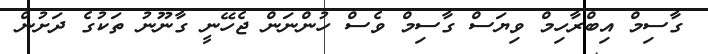
ގާސިމް އިބްރާހިމް ވިޔަސް ގާސިމް ވެސް ހުންނަން ޖެހޭނީ ގާނޫނު ތަކުގެ ދަށުން